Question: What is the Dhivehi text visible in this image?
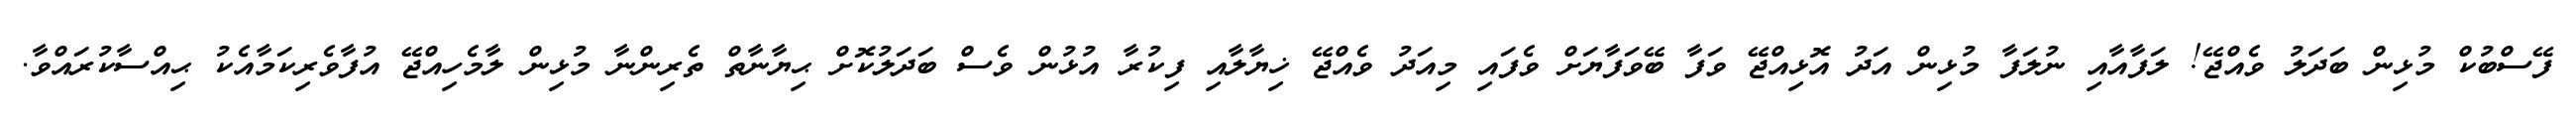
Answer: ފޭސްބުކް މުޅިން ބަދަލު ވެއްޖޭ! ލަފާއާއި ނުލަފާ މުޅިން އަދު އޮޅިއްޖޭ ވަފާ ބޭވަފާޔަށް ވެފައި މިއަދު ވެއްޖޭ ޚިޔާލާއި ފިކުރާ އުޅުން ވެސް ބަދަލުކޮށް ޙިޔާނާތް ތެރިންނާ މުޅިން ލާމެހިއްޖޭ އުފާވެރިކަމާއެކު ޙިއްސާކުރައްވާ.